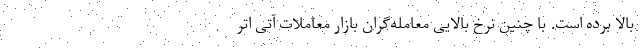
بالا برده است. با چنین نرخ بالایی معامله‌گران بازار معاملات آتی اتر